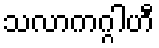
သလာကဂ္ဂါဟီ